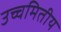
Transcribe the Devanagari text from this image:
उच्चमितीय